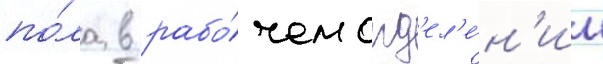
по́ла в рабо́чем отд'ел'е́н'ии